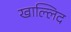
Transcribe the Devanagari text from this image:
खाल्लिद